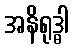
အနိရုဒ္ဓါ